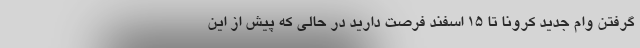
گرفتن وام جدید کرونا تا ۱۵ اسفند فرصت دارید در حالی که پیش از این